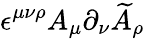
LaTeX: \epsilon^{\mu\nu\rho}A_{\mu}\partial_{\nu}\widetilde{A}_{\rho}